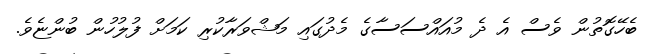
ބެހޭގޮތުން ވެސް އެ ދެ މުއައްސަސާގެ މެދުގައި މަޝްވަރާކުރި ކަމަށް ފުލުހުން ބުންޏެވެ.